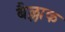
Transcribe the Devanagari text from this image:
बैल्लाक